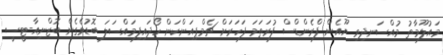
މައުލޫމާތު މުއްސަނދިވި ޔޫއެން ފްރެންޑްސް ފުރަތަމަ ފަހަރަށް ޗެމްޕިއަންކަން ހޯދައިފިމައްސަލަ ބޮޑުވެގެން ބޮޒްނިއާ-ޓީސީ